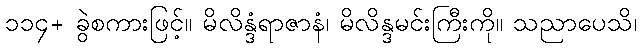
၁၁၄+ ခွဲစကားဖြင့်။ မိလိန္ဒံရာဇာနံ၊ မိလိန္ဒမင်းကြီးကို။ သညာပေသိ၊